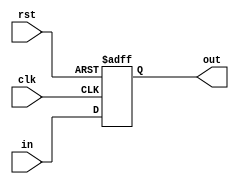
`timescale 1ns / 1ps

module REG (
    clk,
    rst,
    in,
    out
);

  input clk, rst;
  input [31:0] in;
  output reg [31:0] out;

  always @(posedge rst or posedge clk) begin
    if (rst) out <= 32'h0000_0000;
    else out <= in;
  end
endmodule